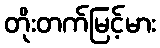
တိုးတက်မြင့်မား